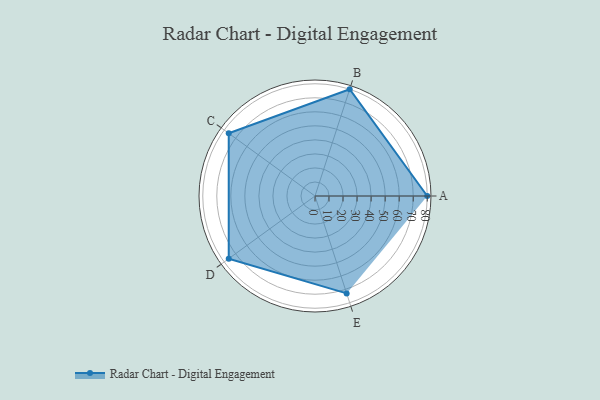
{"axis": {"x": "Skill", "y": "Score"}, "legend": ["Profile"], "data": [{"x": "A", "y": 80.0, "type": "Profile"}, {"x": "B", "y": 80.0, "type": "Profile"}, {"x": "C", "y": 76.0, "type": "Profile"}, {"x": "D", "y": 76.0, "type": "Profile"}, {"x": "E", "y": 73.0, "type": "Profile"}]}